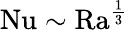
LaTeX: \mathrm{{Nu}}\sim\mathrm{{Ra}}^{\frac 13}